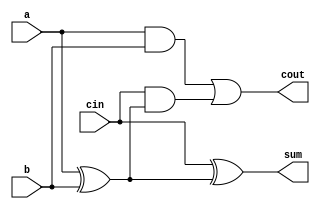
module FA (
    input a, 
    input b, 
    input cin, 
    output sum,
    output cout );

    assign sum = 
        cin ^ (a ^ b);
    assign cout = 
        a & b | (cin & (a ^ b));

endmodule
module RCA16 (
    input cin, 
    input a0, 
    input b0,   
    input a1,    
    input b1,  
    input a2,     
    input b2, 
    input a3,    
    input b3,
    input a4,    
    input b4,
    input a5,     
    input b5, 
    input a6,    
    input b6,
    input a7,     
    input b7, 
    input a8,    
    input b8,
    input a9,     
    input b9, 
    input a10,    
    input b10,
    input a11,     
    input b11, 
    input a12,    
    input b12,
    input a13,    
    input b13,
    input a14,
    input b14,
    input a15,
    input b15,
    output sum0, 
    output sum1, 
    output sum2, 
    output sum3,
    output sum4,
    output sum5, 
    output sum6,
    output sum7, 
    output sum8,
    output sum9, 
    output sum10,
    output sum11, 
    output sum12,
    output sum13,
    output sum14,
    output sum15,
    output cout );

    wire carry [15:0];
    FA fa0(.a(a0), .b(b0), .cin(cin), .sum(sum0), .cout(carry[0]));
    FA fa1(.a(a1), .b(b1), .cin(carry[0]), .sum(sum1), .cout(carry[1]));
    FA fa2(.a(a2), .b(b2), .cin(carry[1]), .sum(sum2), .cout(carry[2]));
    FA fa3(.a(a3), .b(b3), .cin(carry[2]), .sum(sum3), .cout(carry[3]));
    FA fa4(.a(a4), .b(b4), .cin(carry[3]), .sum(sum4), .cout(carry[4]));
    FA fa5(.a(a5), .b(b5), .cin(carry[4]), .sum(sum5), .cout(carry[5]));
    FA fa6(.a(a6), .b(b6), .cin(carry[5]), .sum(sum6), .cout(carry[6]));
    FA fa7(.a(a7), .b(b7), .cin(carry[6]), .sum(sum7), .cout(carry[7]));
    FA fa8(.a(a8), .b(b8), .cin(carry[7]), .sum(sum8), .cout(carry[8]));
    FA fa9(.a(a9), .b(b9), .cin(carry[8]), .sum(sum9), .cout(carry[9]));
    FA fa10(.a(a10), .b(b10), .cin(carry[9]), .sum(sum10), .cout(carry[10]));
    FA fa11(.a(a11), .b(b11), .cin(carry[10]), .sum(sum11), .cout(carry[11]));
    FA fa12(.a(a12), .b(b12), .cin(carry[11]), .sum(sum12), .cout(carry[12]));
    FA fa13(.a(a13), .b(b13), .cin(carry[12]), .sum(sum13), .cout(carry[13]));
    FA fa14(.a(a14), .b(b14), .cin(carry[13]), .sum(sum14), .cout(carry[14]));
    FA fa15(.a(a15), .b(b15), .cin(carry[14]), .sum(sum15), .cout(cout));
endmodule